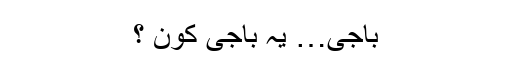
باجی… یہ باجی کون ؟